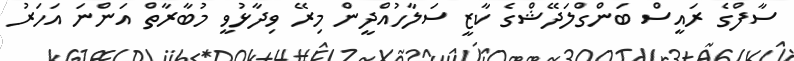
ސާފްގެ ރައީސް ބަންގްލަދޭޝްގެ ކާޒީ ސަލާހުއްދީން މިރޭ ވިދާޅުވީ މުބާރާތް އަންނަ އަހަރު